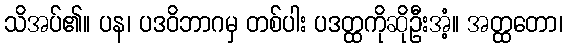
သိအပ်၏။ ပန၊ ပဒဝိဘာဂမှ တစ်ပါး ပဒတ္ထကိုဆိုဦးအံ့။ အတ္ထတော၊